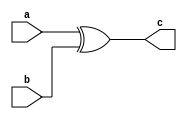
module XOR1(
  input a,
  input b,
  output c
);
  assign c=a^b;
endmodule